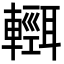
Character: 𨏄